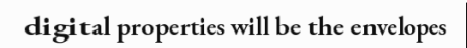
digital properties will be the envelopes